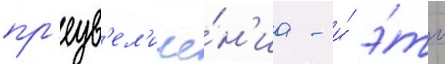
пр'еув'ел'иче́н'иа - и́ э́то